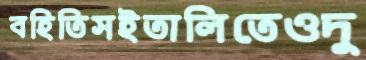
বহিতিসইতালিতেওদু